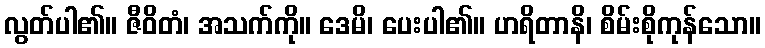
လွတ်ပါ၏။ ဇီဝိတံ၊ အသက်ကို။ ဒေမိ၊ ပေးပါ၏။ ဟရိတာနိ၊ စိမ်းစိုကုန်သော။